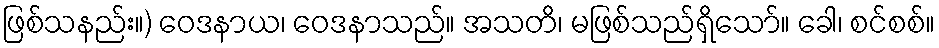
ဖြစ်သနည်း။) ဝေဒနာယ၊ ဝေဒနာသည်။ အသတိ၊ မဖြစ်သည်ရှိသော်။ ခေါ၊ စင်စစ်။